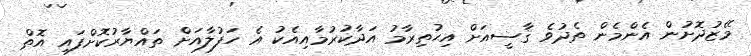
މޭޒުދޮށުން އެންމެން ތެދުވެ ޤާޟީއަށް އިޙުތިރާމު އަދާކުރުމާއިއެކު އެ ހަފުލާއަށް ތައްޔާރުކޮށްފައި އޮތް